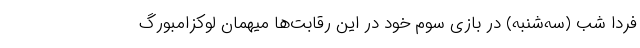
فردا شب (سه‌شنبه) در بازی سوم خود در این رقابت‌ها میهمان لوکزامبورگ